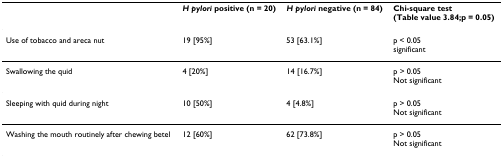
<table><thead><tr><td></td><td><b><i>H pylori </i>positive (n = 20)</b></td><td><b><i>H pylori </i>negative (n = 84)</b></td><td><b>Chi-square test(Table value 3.84;p = 0.05)</b></td></tr></thead><tbody><tr><td>Use of tobacco and areca nut</td><td>19 [95%]</td><td>53 [63.1%]</td><td>p &lt; 0.05significant</td></tr><tr><td>Swallowing the quid</td><td>4 [20%]</td><td>14 [16.7%]</td><td>p &gt; 0.05Not significant</td></tr><tr><td>Sleeping with quid during night</td><td>10 [50%]</td><td>4 [4.8%]</td><td>p &gt; 0.05Not significant</td></tr><tr><td>Washing the mouth routinely after chewing betel</td><td>12 [60%]</td><td>62 [73.8%]</td><td>p &gt; 0.05Not significant</td></tr></tbody></table>